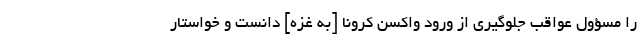
را مسؤول عواقب جلوگیری از ورود واکسن کرونا [به غزه] دانست و خواستار